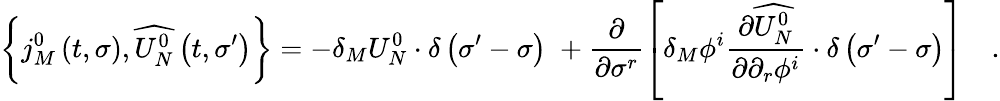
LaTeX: \left\{ j_{M}^{0}\left(t,\sigma\right),\widehat{U_{N}^{0}}\left(t,\sigma^{\prime}\right)\right\} =-\delta_{M}U_{N}^{0}\cdot\delta\left(\sigma^{\prime}-\sigma\right)\; +\frac\partial{\partial\sigma^{r}}\left[\delta_{M}\phi^{i}\frac{\partial\widehat{U_{N}^{0}}}{\partial\partial_{r}\phi^{i}}\cdot\delta\left(\sigma^{\prime}-\sigma\right)\right]\quad.